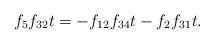
LaTeX: \begin{align*}f_5f_{32}t &= -f_{12}f_{34}t - f_2f_{31}t.\end{align*}